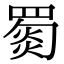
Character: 𦋴